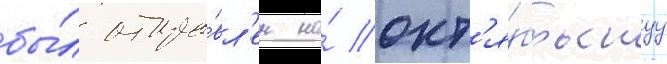
бы́л отпра́вл'ен на́ окт'я́брьскуу